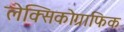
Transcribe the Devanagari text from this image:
लेक्सिकोग्राफिक